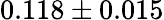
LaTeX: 0.118\pm 0.015